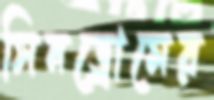
সিনড্রোমের